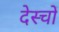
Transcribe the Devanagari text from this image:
देस्चों